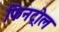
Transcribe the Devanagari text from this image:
फिनट्रोल